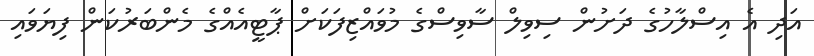
އަދި އެ އިސްލާހުގެ ދަށުން ސިވިލް ސާވިސްގެ މުވައްޒިފަކަށް ޕާޓީއެއްގެ މެންބަރުކަން ފިޔަވައި